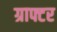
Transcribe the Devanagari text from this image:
ग्राफ्टर